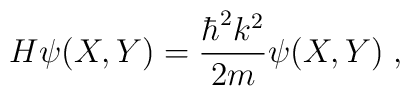
H\psi (X,Y) = \frac{\hbar^2 k^2}{2m} \psi(X,Y) \;,